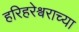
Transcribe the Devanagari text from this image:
हरिहरेश्वराच्या